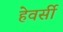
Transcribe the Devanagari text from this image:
हेवर्सी